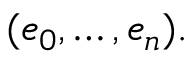
( e _ { 0 } , \ldots , e _ { n } ) .